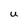
Character: u